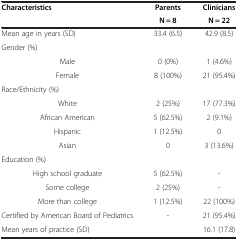
| Characteristics | Parents | Clinicians |
 |  | N = 8 | N = 22 |
 | --- | --- | --- |
 | Mean age in years (SD) | 33.4 (6.5) | 42.9 (8.5) |
 | Gender (%) |  |  |
 | Male | 0 (0%) | 1 (4.6%) |
 | Female | 8 (100%) | 21 (95.4%) |
 | Race/Ethnicity (%) |  |  |
 | White | 2 (25%) | 17 (77.3%) |
 | African American | 5 (62.5%) | 2 (9.1%) |
 | Hispanic | 1 (12.5%) | 0 |
 | Asian | 0 | 3 (13.6%) |
 | Education (%) |  |  |
 | High school graduate | 5 (62.5%) | - |
 | Some college | 2 (25%) | - |
 | More than college | 1 (12.5%) | 22 (100%) |
 | Certified by American Board of Pediatrics | - | 21 (95.4%) |
 | Mean years of practice (SD) |  | 16.1 (17.8) |